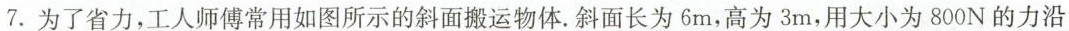
7.为了省力，工人师傅常用如图所示的斜面搬运物体.斜面长为6m，高为3m，用大小为800N的力沿